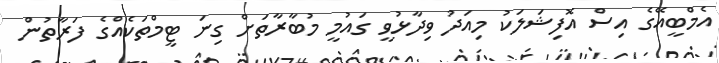
އެމްބީއޭގެ އިސް އޮފިޝަލަކު މިއަދު ވިދާޅުވީ ގައުމީ މުބާރާތަށް ގިނަ ޓީމްތަކެއްގެ ފަރާތުން